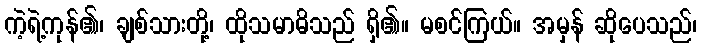
ကဲ့ရဲ့ကုန်၏၊ ချစ်သားတို့၊ ထိုသမာဓိသည် ရှိ၏။ မစင်ကြယ်။ အမှန် ဆိုပေသည်၊